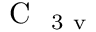
\mathrm { ~ C ~ } _ { \mathrm { ~ 3 ~ v ~ } }